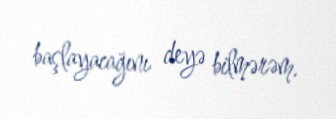
başlayacağını deyə bilmərəm.